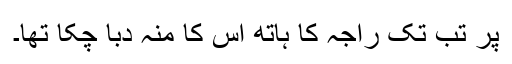
پر تب تک راجہ کا ہاتھ اس کا منہ دبا چکا تھا۔